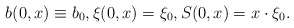
\begin{align*}b(0, x) \equiv b_0, \xi(0, x ) = \xi_0, S(0, x) = x \cdot \xi_0.\end{align*}